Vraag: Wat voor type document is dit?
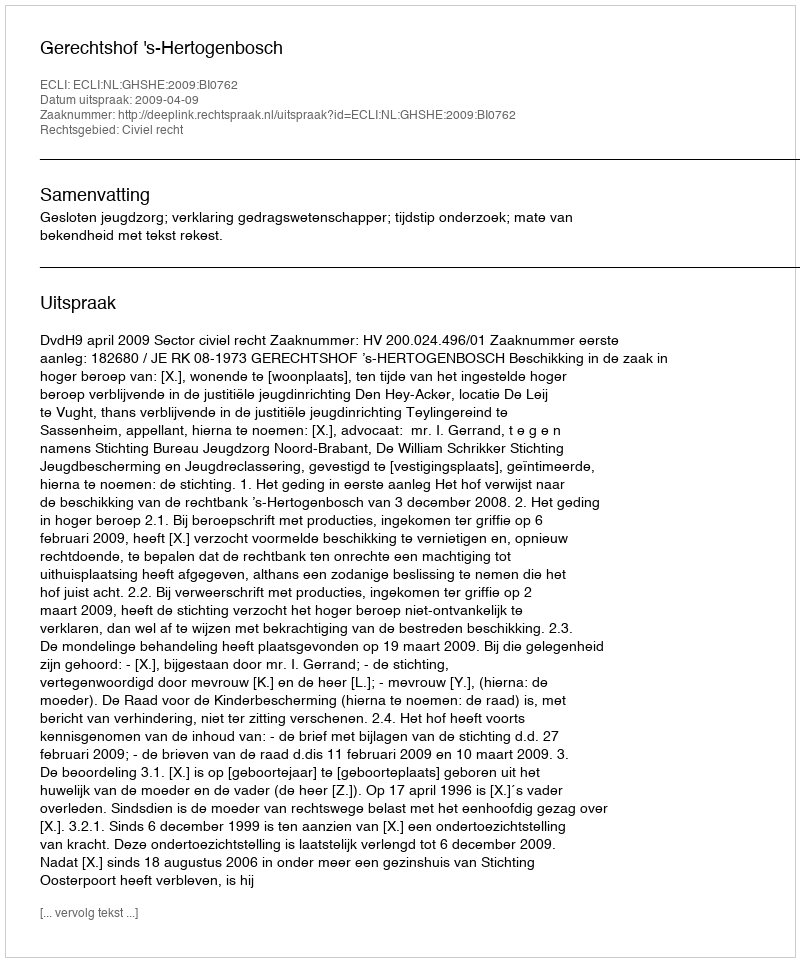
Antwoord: Uitspraak